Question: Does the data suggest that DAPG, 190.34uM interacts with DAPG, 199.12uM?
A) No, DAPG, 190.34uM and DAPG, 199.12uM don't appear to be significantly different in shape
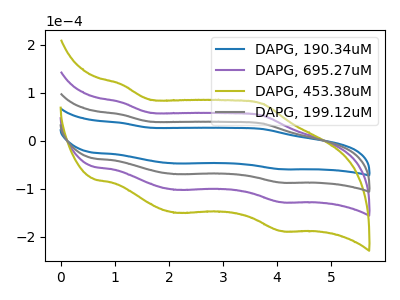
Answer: <think>The blue curve "DAPG, 190.34uM" has anodic peaks at (1.10V, 37.00uA) (3.70V, 24.40uA) and cathodic peaks at (2.15V, -47.45uA) (4.10V, -59.40uA). The purple curve "DAPG, 695.27uM" has anodic peaks at (1.10V, 108.60uA) (3.70V, 71.65uA) and cathodic peaks at (2.15V, -139.30uA) (4.10V, -174.45uA). The olive curve "DAPG, 453.38uM" has anodic peaks at (1.10V, 162.90uA) (3.70V, 107.45uA) and cathodic peaks at (2.15V, -208.95uA) (4.10V, -261.70uA). The gray curve "DAPG, 199.12uM" has anodic peaks at (1.10V, 54.30uA) (3.70V, 35.80uA) and cathodic peaks at (2.15V, -69.65uA) (4.10V, -87.25uA).
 All the peaks in "DAPG, 190.34uM" have a peak in "DAPG, 199.12uM" at the same potential. Every peak in "DAPG, 190.34uM" is lower than every peak in "DAPG, 199.12uM".</think>
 <answer>A) No, "DAPG, 190.34uM" and "DAPG, 199.12uM" don't appear to be significantly different in shape</answer>
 <eval>A</eval>